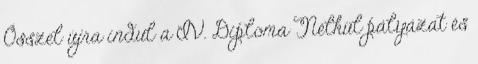
Ősszel újra indul a IV. Diploma Nélkül pályázat és